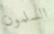
السلمون